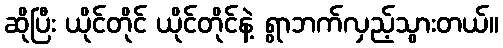
ဆိုပြီး ယိုင်တိုင် ယိုင်တိုင်နဲ့ ရွာဘက်လှည့်သွားတယ်။